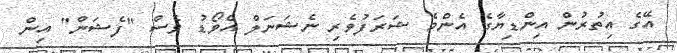
އޭގެ އިތުރުން އިންޑިޔާގެ އެންމެ ޝަރަފުވެރި ނެޝަނަލް އެވޯޑު ވެސް "ފެޝަން" އިން